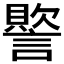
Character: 𮘳